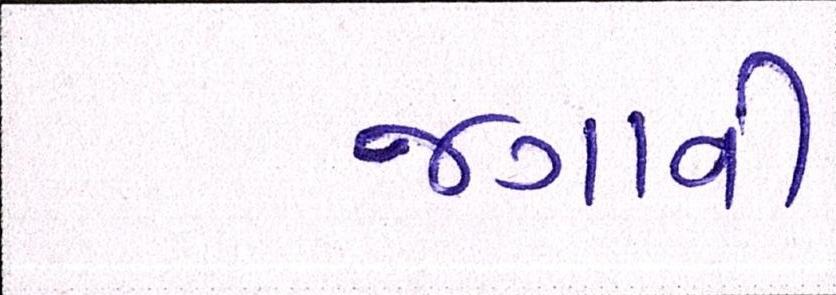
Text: જગાવી